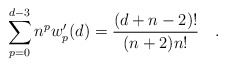
\begin{align*}\sum_{p=0}^{d-3}n^p w'_p(d)={(d+n-2)! \over (n+2)n!}~~~.\end{align*}